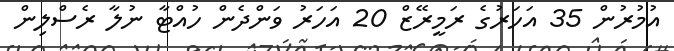
އުމުރުން 35 އަހަރުގެ ރަމީރޭޒް 20 އަހަރު ވަންދެން ހުއްޓާ ނުލާ ރެސްލިން